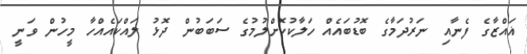
ޣައްޒާގެ ފެނާއި ނަރުދަމާގެ ބޮޑުބައެއް ހަލާކުކޮށްލުމުގެ ސަބަބުން ދޮޅު ލައްކައެއްހާ މީހުން ވަނީ